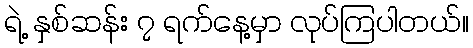
ရဲ့ နှစ်ဆန်း ၇ ရက်နေ့မှာ လုပ်ကြပါတယ်။